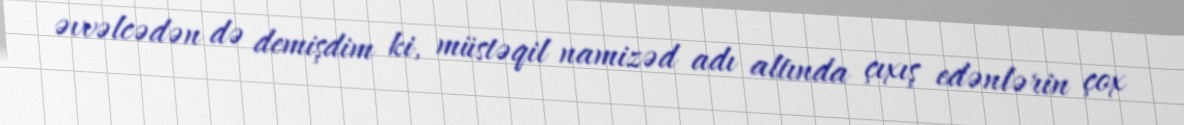
əvvəlcədən də demişdim ki, müstəqil namizəd adı altında çıxış edənlərin çox